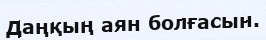
Даңқың аян болғасын.